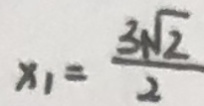
x _ { 1 } = \frac { 3 \sqrt { 2 } } { 2 }